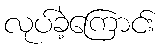
လုပ်ခဲ့ကြောင်း